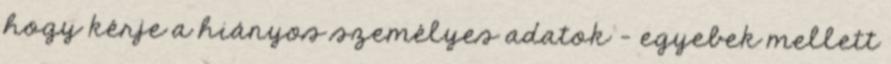
hogy kérje a hiányos személyes adatok – egyebek mellett